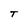
Character: T